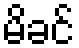
မိခင်